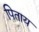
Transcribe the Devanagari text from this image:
पिताय